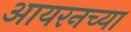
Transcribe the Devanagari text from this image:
आयरनच्या